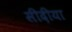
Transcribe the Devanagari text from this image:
सीदीया